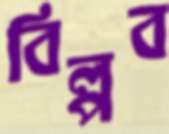
বিল্পব